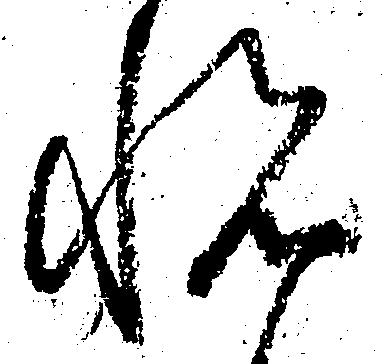
悦